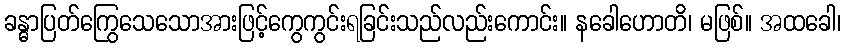
ခန္ဓာပြတ်ကြွေသေသောအားဖြင့်ကွေကွင်းရခြင်းသည်လည်းကောင်း။ နခေါဟောတိ၊ မဖြစ်။ အထခေါ၊